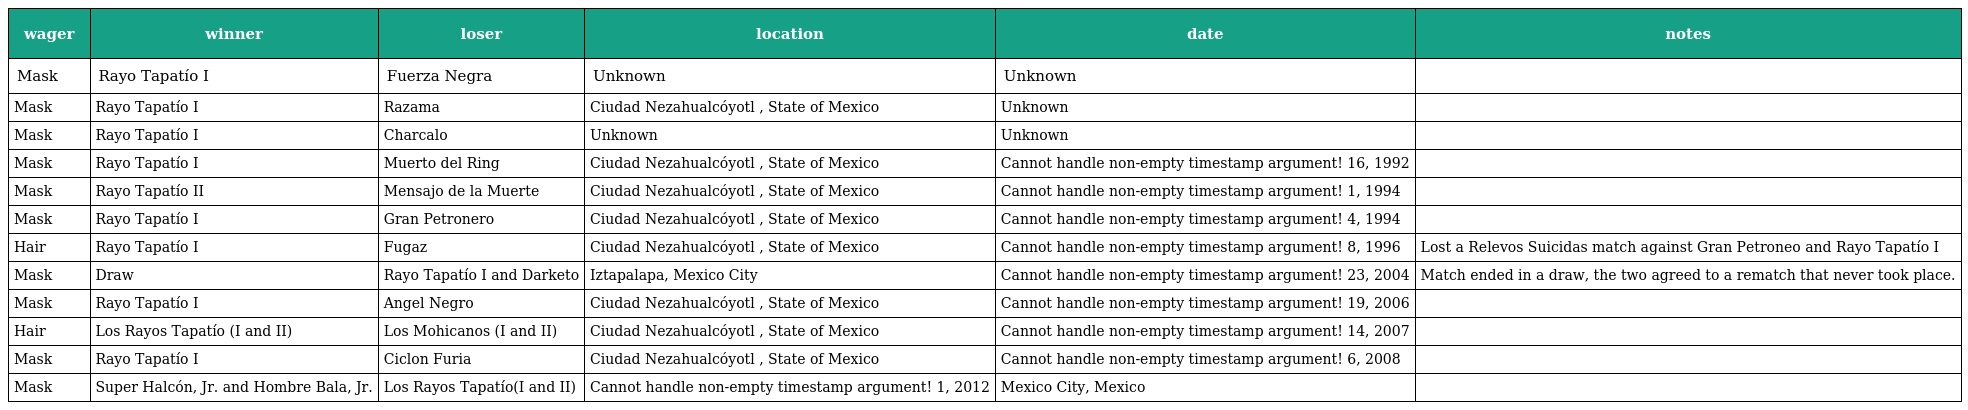
| wager | winner | loser | location | date | notes |
 | --- | --- | --- | --- | --- | --- |
 | Mask | Rayo Tapatío I | Fuerza Negra | Unknown | Unknown |  |
 | Mask | Rayo Tapatío I | Razama | Ciudad Nezahualcóyotl , State of Mexico | Unknown |  |
 | Mask | Rayo Tapatío I | Charcalo | Unknown | Unknown |  |
 | Mask | Rayo Tapatío I | Muerto del Ring | Ciudad Nezahualcóyotl , State of Mexico | Cannot handle non-empty timestamp argument! 16, 1992 |  |
 | Mask | Rayo Tapatío II | Mensajo de la Muerte | Ciudad Nezahualcóyotl , State of Mexico | Cannot handle non-empty timestamp argument! 1, 1994 |  |
 | Mask | Rayo Tapatío I | Gran Petronero | Ciudad Nezahualcóyotl , State of Mexico | Cannot handle non-empty timestamp argument! 4, 1994 |  |
 | Hair | Rayo Tapatío I | Fugaz | Ciudad Nezahualcóyotl , State of Mexico | Cannot handle non-empty timestamp argument! 8, 1996 | Lost a Relevos Suicidas match against Gran Petroneo and Rayo Tapatío I |
 | Mask | Draw | Rayo Tapatío I and Darketo | Iztapalapa, Mexico City | Cannot handle non-empty timestamp argument! 23, 2004 | Match ended in a draw, the two agreed to a rematch that never took place. |
 | Mask | Rayo Tapatío I | Angel Negro | Ciudad Nezahualcóyotl , State of Mexico | Cannot handle non-empty timestamp argument! 19, 2006 |  |
 | Hair | Los Rayos Tapatío (I and II) | Los Mohicanos (I and II) | Ciudad Nezahualcóyotl , State of Mexico | Cannot handle non-empty timestamp argument! 14, 2007 |  |
 | Mask | Rayo Tapatío I | Ciclon Furia | Ciudad Nezahualcóyotl , State of Mexico | Cannot handle non-empty timestamp argument! 6, 2008 |  |
 | Mask | Super Halcón, Jr. and Hombre Bala, Jr. | Los Rayos Tapatío(I and II) | Cannot handle non-empty timestamp argument! 1, 2012 | Mexico City, Mexico |  |